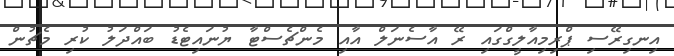
އިނގިރޭސި ޕްރިމިއާލީގްގައި ރޭ އާސެނަލް އާއި މެންޗެސްޓާ ޔުނައިޓެޑު ބައްދަލު ކުރި މެޗުން